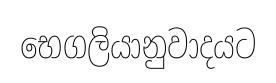
භෙගලියානුවාදයට